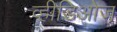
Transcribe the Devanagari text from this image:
व्हीडिओज